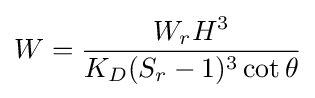
W={\frac {W_{r}H^{3}}{K_{D}(S_{r}-1)^{3}\cot \theta }}